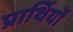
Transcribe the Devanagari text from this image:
प्रार्थियों